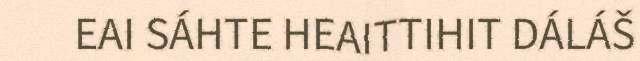
EAI SÁHTE HEAITTIHIT DÁLÁŠ